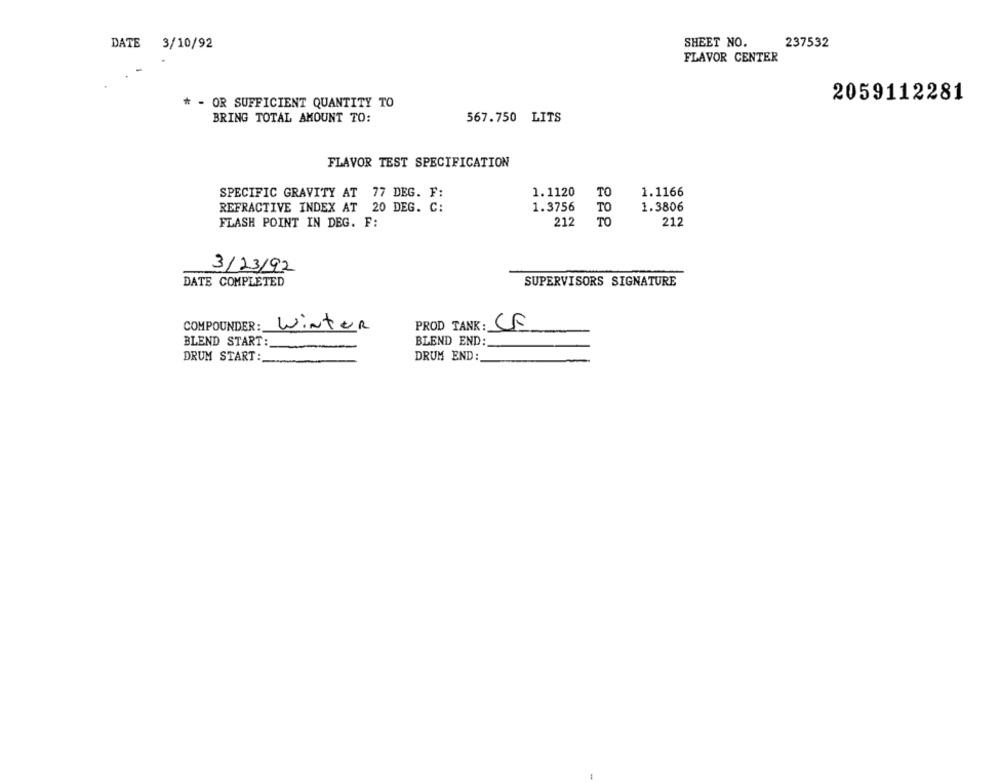
DATE 3/10/92
SHEET NO.
237532
FLAVOR CENTER
* - OR SUFFICIENT QUANTITY TO
2059112281
BRING TOTAL AMOUNT TO:
567.750 LITS
FLAVOR TEST SPECIFICATION
SPECIFIC GRAVITY AT 77 DEG. F:
1. 1120
TO
1.1166
REFRACTIVE INDEX AT 20 DEG. C:
1.3756
TO
1.3806
FLASH POINT IN DEG. F:
212
TO
212
3/23/92
DATE COMPLETED
SUPERVISORS SIGNATURE
COMPOUNDER:
Winter
PROD TANK: CF
BLEND START:
BLEND END:
DRUM START :_
DRUM END: